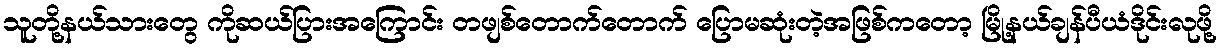
သူတို့နယ်သားတွေ ကိုဆယ်ပြားအကြောင်း တဖျစ်တောက်တောက် ပြောမဆုံးတဲ့အဖြစ်ကတော့ မြို့နယ်ချန်ပီယံဒိုင်းလုဖို့